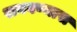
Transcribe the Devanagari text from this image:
राबवण्यास